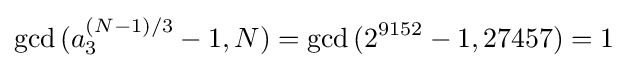
\gcd {(a_{3}^{(N-1)/3}-1,N)}=\gcd {(2^{9152}-1,27457)}=1